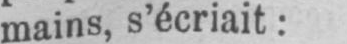
mains, s’écriait: